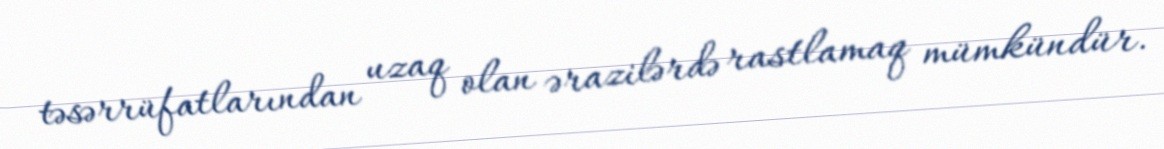
təsərrüfatlarından uzaq olan ərazilərdə rastlamaq mümkündür.